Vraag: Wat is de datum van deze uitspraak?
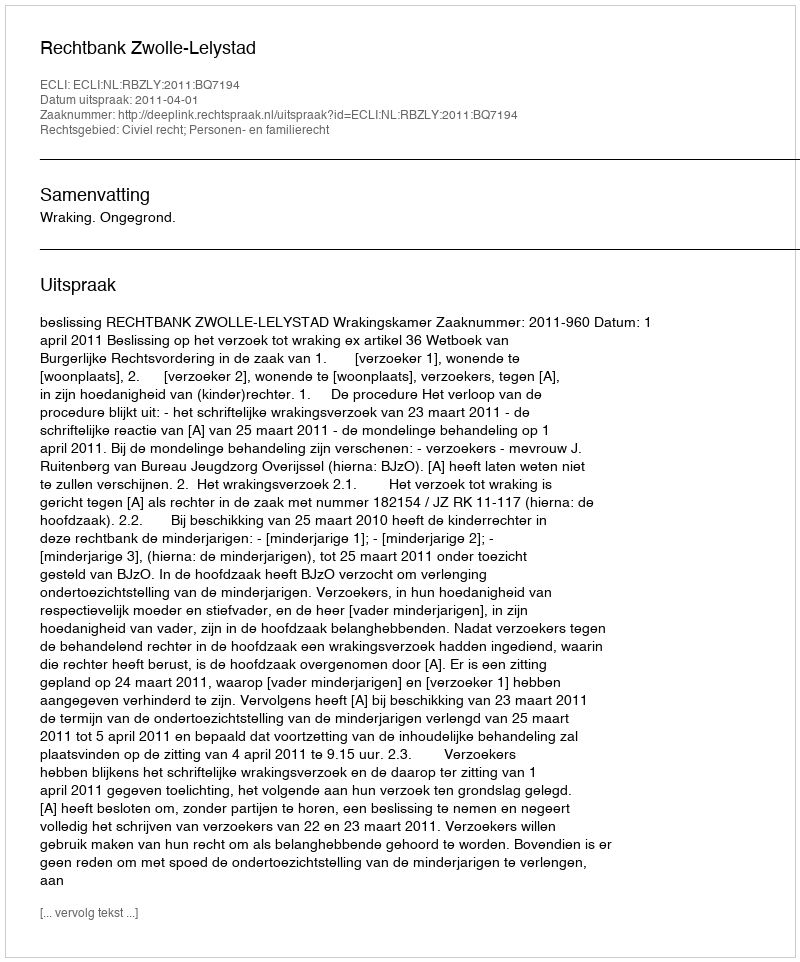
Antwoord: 2011-04-01